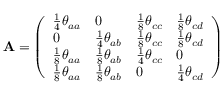
\mathbf { A } = \left( \begin{array} { l l l l } { \frac { 1 } { 4 } \theta _ { a a } } & { 0 } & { \frac { 1 } { 8 } \theta _ { c c } } & { \frac { 1 } { 8 } \theta _ { c d } } \\ { 0 } & { \frac { 1 } { 4 } \theta _ { a b } } & { \frac { 1 } { 8 } \theta _ { c c } } & { \frac { 1 } { 8 } \theta _ { c d } } \\ { \frac { 1 } { 8 } \theta _ { a a } } & { \frac { 1 } { 8 } \theta _ { a b } } & { \frac { 1 } { 4 } \theta _ { c c } } & { 0 } \\ { \frac { 1 } { 8 } \theta _ { a a } } & { \frac { 1 } { 8 } \theta _ { a b } } & { 0 } & { \frac { 1 } { 4 } \theta _ { c d } } \end{array} \right)